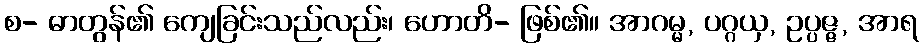
စ- ဓာတွန်၏ ကျေခြင်းသည်လည်း၊ ဟောတိ- ဖြစ်၏။ အာဂမ္မ, ပဂ္ဂယှ, ဥပ္ပဇ္ဇ, အာရ